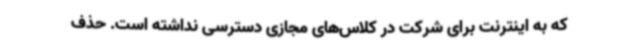
که به اینترنت برای شرکت در کلاس‌های مجازی دسترسی نداشته است. حذف